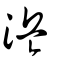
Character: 浜